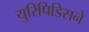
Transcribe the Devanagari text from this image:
युरिपिडिसने